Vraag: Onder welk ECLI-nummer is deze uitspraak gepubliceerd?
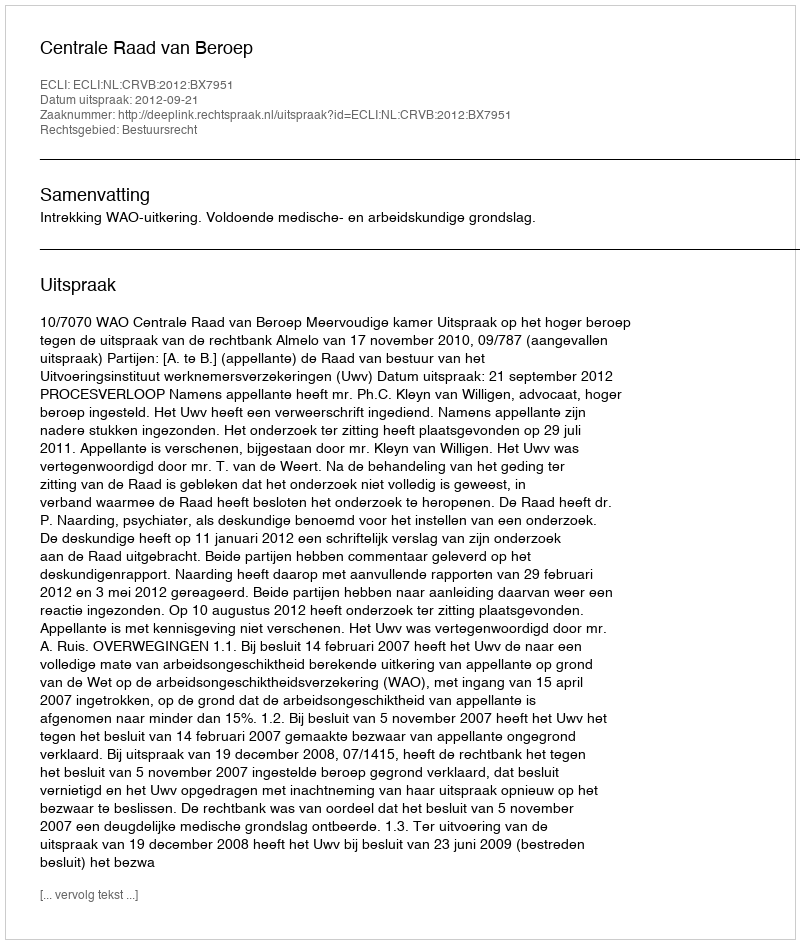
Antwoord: ECLI:NL:CRVB:2012:BX7951